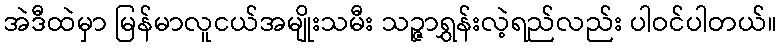
အဲဒီထဲမှာ မြန်မာလူငယ်အမျိုးသမီး သဉ္ဇာရွှန်းလဲ့ရည်လည်း ပါဝင်ပါတယ်။